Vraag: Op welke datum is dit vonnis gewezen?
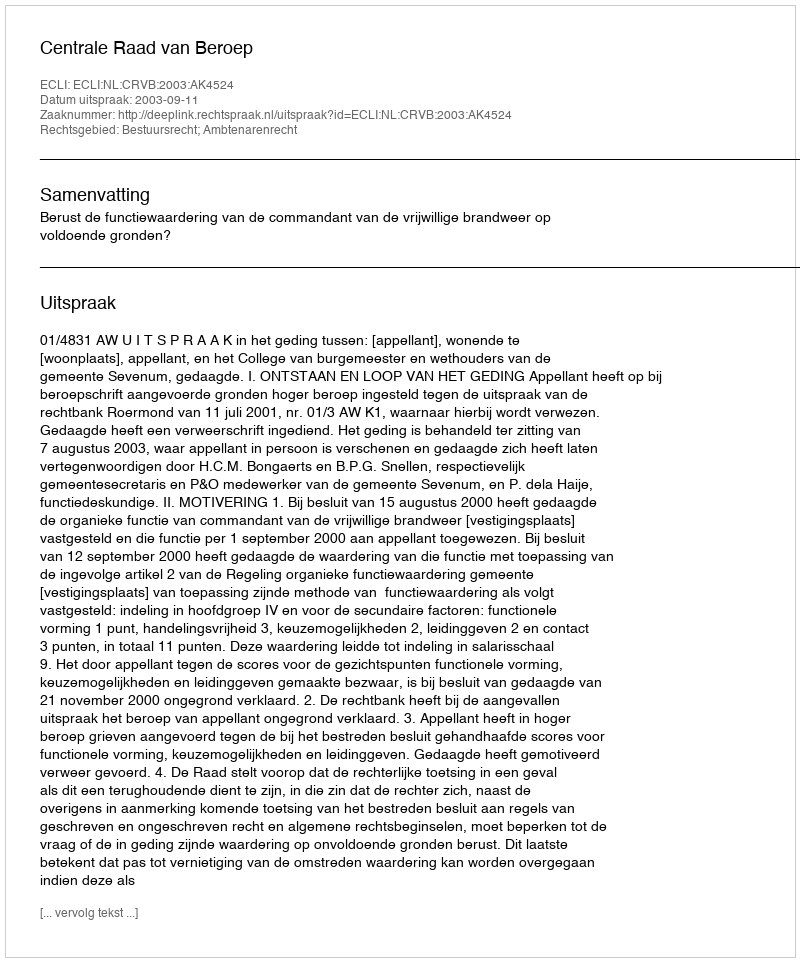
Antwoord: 2003-09-11